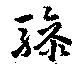
驂